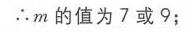
\(\therefore m\)的值为\(7\)或\(9\)；